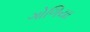
ગોળિયા